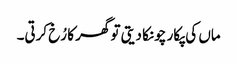
ماں کی پکار چونکا دیتی تو گھر کا رُخ کرتی۔